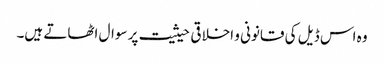
وہ اس ڈیل کی قانونی و اخلاقی حیثیت پر سوال اٹھاتے ہیں۔